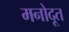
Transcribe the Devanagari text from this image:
मनोदूत